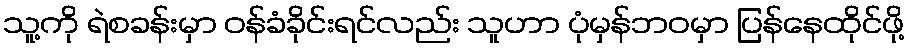
သူ့ကို ရဲစခန်းမှာ ဝန်ခံခိုင်းရင်လည်း သူဟာ ပုံမှန်ဘဝမှာ ပြန်နေထိုင်ဖို့